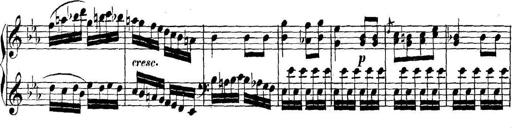
Title: Collected Piano Sonatas
Composer: Muzio Clementi